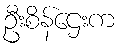
ဦးစိန်ဌေးက